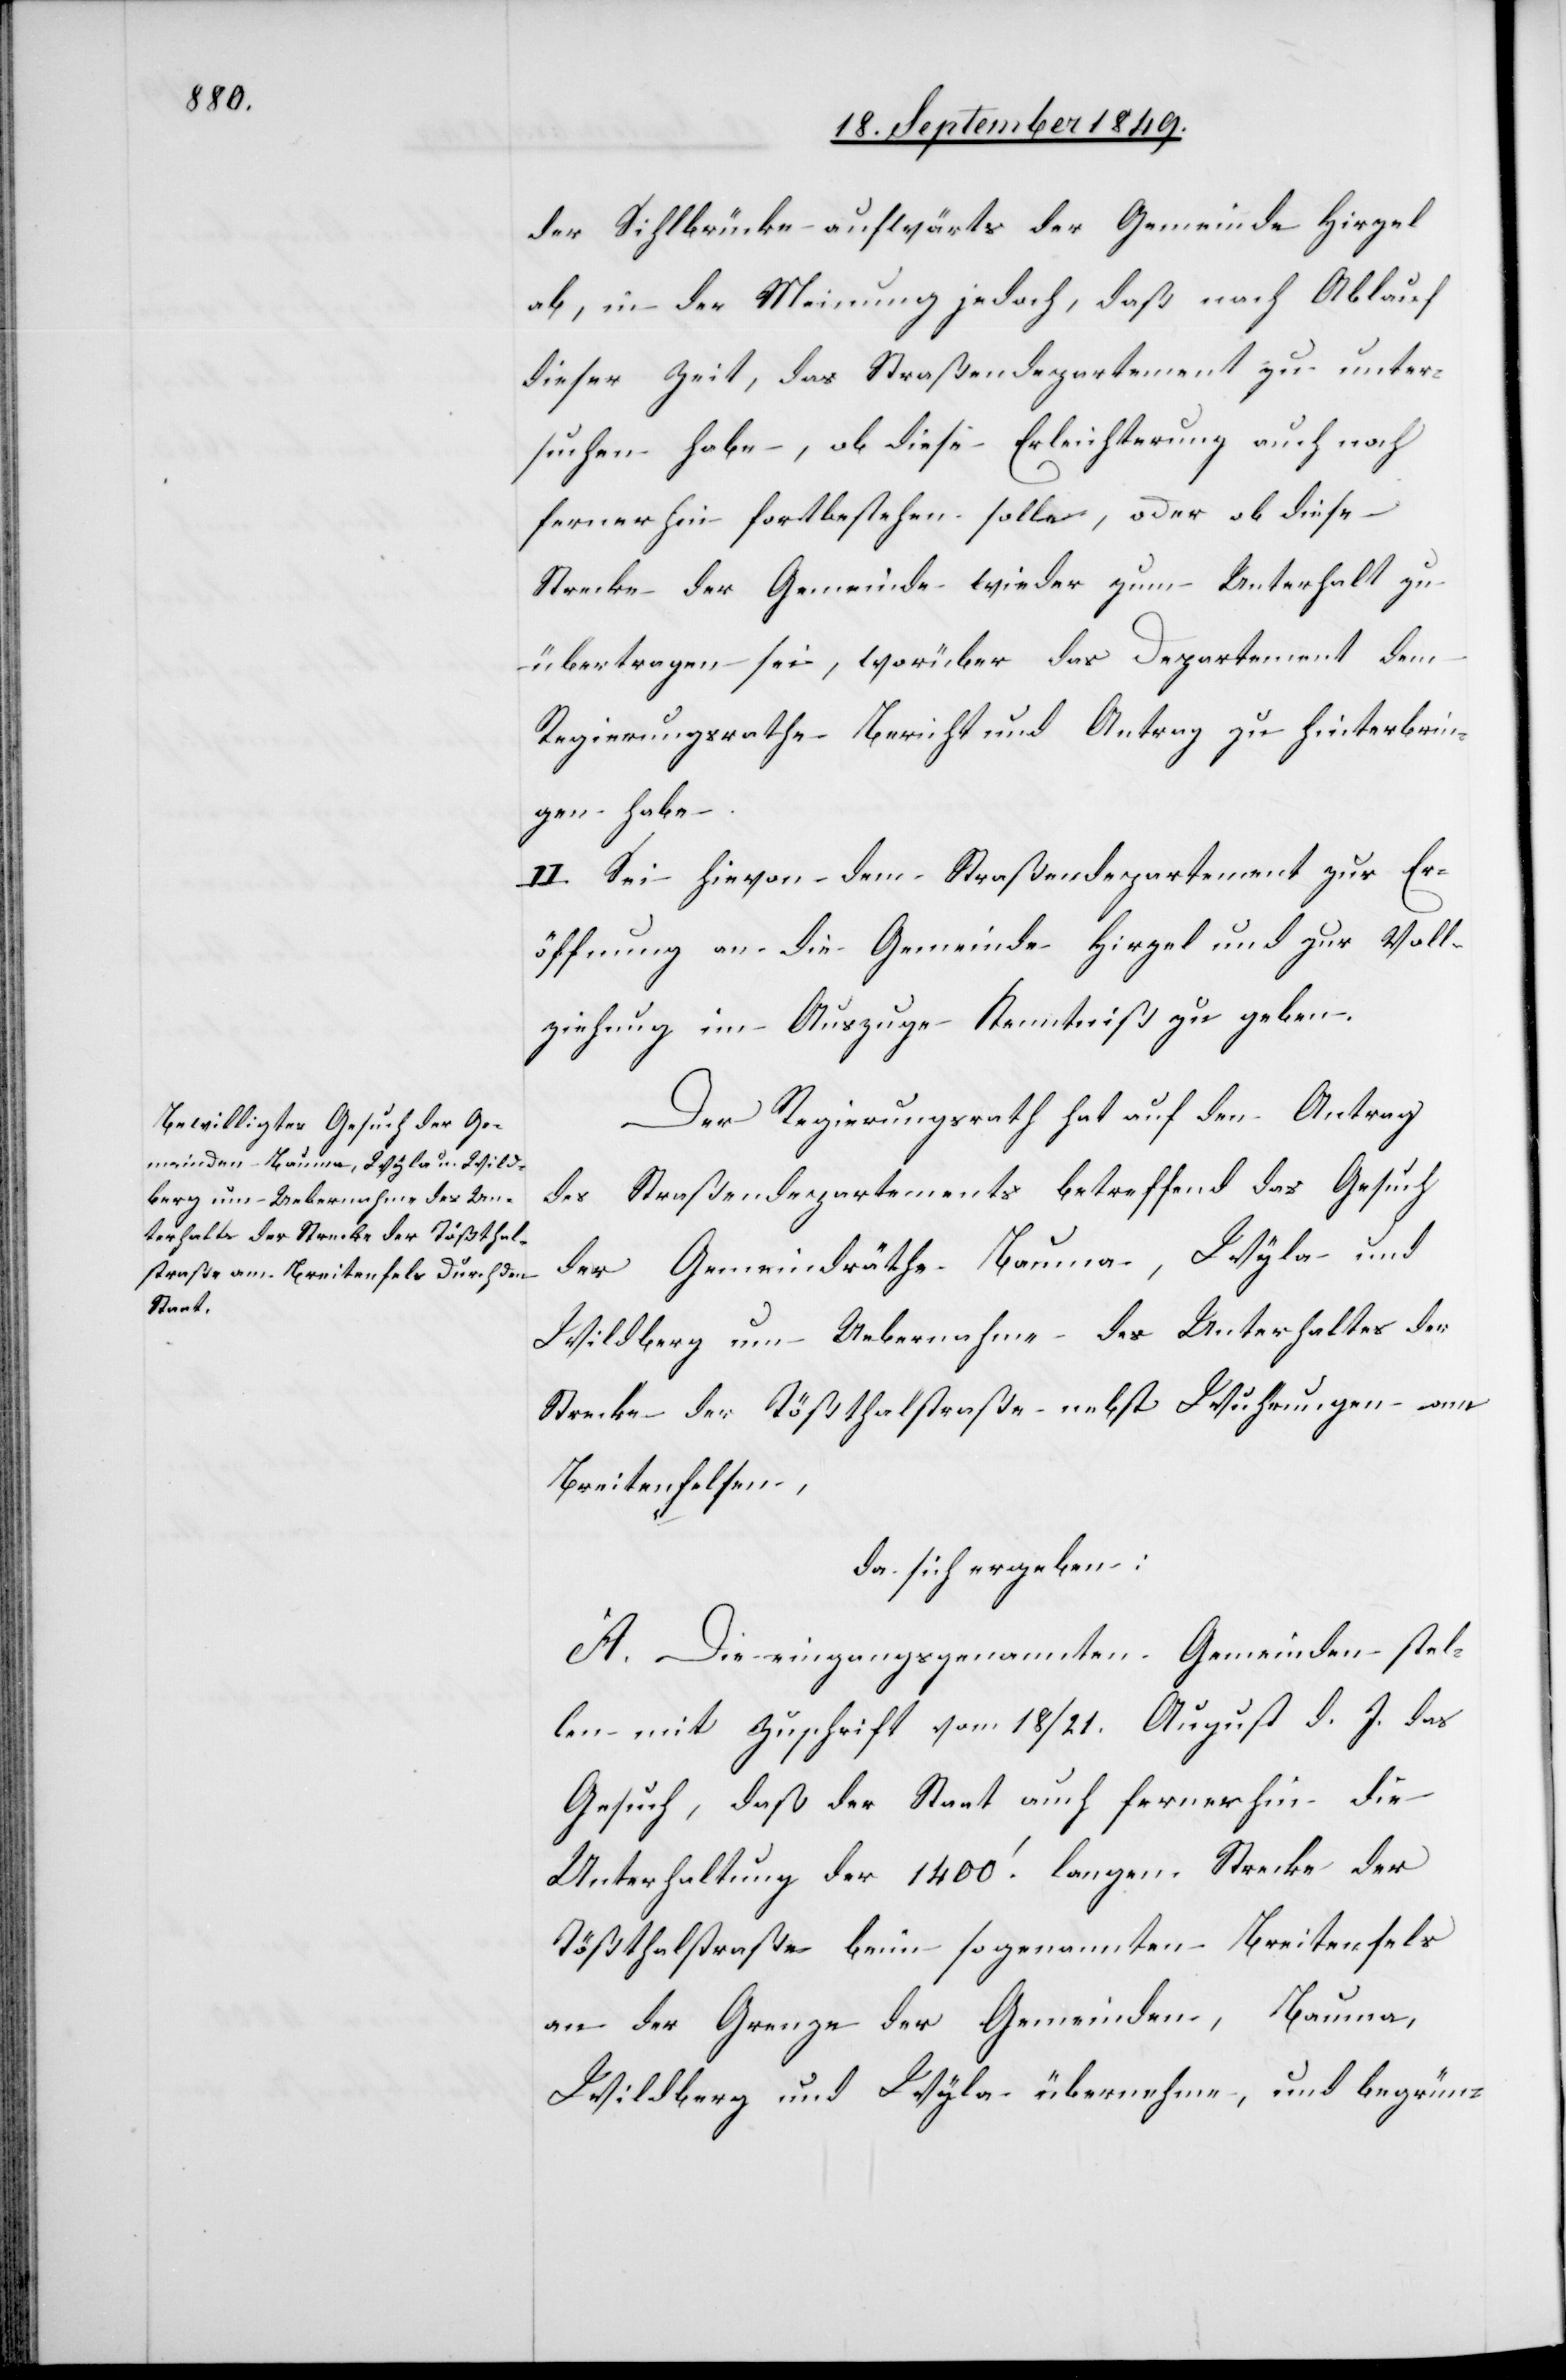
der Sihlbrücke aufwärts der Gemeinde Hirzel
ab, in der Meinung jedoch, daß nach Ablauf
dieser Zeit, das Straßendepartement zu unter¬
suchen habe, ob diese Erleichterung auch noch
fernerhin fortbestehen solle, oder ob diese
Strecke der Gemeinde wieder zum Unterhalt zu
übertragen sie, worüber das Departement dem
Regierungsrathe Bericht und Antrag zu hinterbrin¬
gen habe.
II. Sei hievon dem Straßendepartement zur Er¬
öffnung an die Gemeinde Hirzel und zur Voll¬
ziehung im Auszuge Kenntniß zu geben.
Der Regierungsrath hat auf den Antrag
des Straßendepartements betreffend das Gesuch
der Gemeindräthe Bauma, Wyla und
Wildberg um Uebernahme des Unterhaltes der
Strecke der Tößthalstraße nebst Wuhrungen von
Breitenfelsen,
da sich ergeben:
A. Die eingangs genannten Gemeinden stel¬
len mit Zuschrift vom 18/21. August d. J. das
Gesuch, daß der Staat auch fernerhin die
Unterhaltung der 1400‘ langen Strecke der
Tößthalstraße beim sogenannten Breitenfels
an der Grenze der Gemeinden, Bauma,
Wildberg und Wyla übernehmen, und begrün-